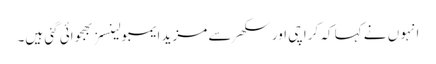
انہو ں نے کہا کہ کراچی اور سکھر سے مزید ایمبولینسز بھجوائی گئی ہیں۔